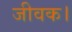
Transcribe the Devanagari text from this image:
जीवक।